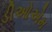
ડીઓએમ